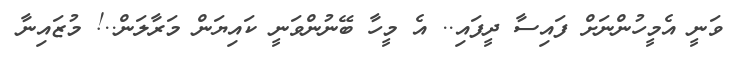
ވަނީ އެމީހުންނަށް ފައިސާ ދީފައި.. އެ މީހާ ބޭނުންވަނީ ކައިޔަން މަރާލަން..! މުޒައިނާ